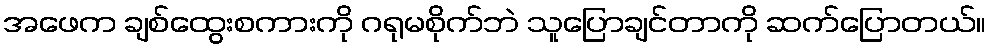
အဖေက ချစ်ထွေးစကားကို ဂရုမစိုက်ဘဲ သူပြောချင်တာကို ဆက်ပြောတယ်။